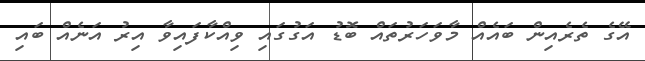
އޭގެ ތެރެއިން ބައެއް މާވަހަރުތައް ބޮޑު އަގުގައި ވިއްކާފައިވާ އިރު އަނެއް ބައި